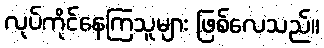
လုပ်ကိုင်နေကြသူများ ဖြစ်လေသည်။